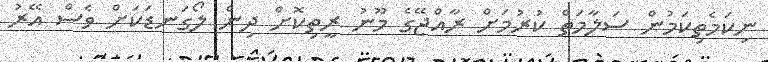
ނިކަމެތިކަމުން ސަލާމަތް ކުރުމަށް ރާއްޖޭގެ މޫނު ރީތިކޮށް ދިން ލޯގަނޑަކަށް ވެސް އޭރު